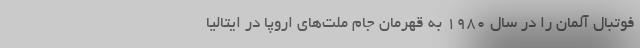
فوتبال آلمان را در سال 1980 به قهرمان جام ملت‌های اروپا در ایتالیا